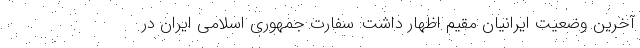
آخرین وضعیت ایرانیان مقیم اظهار داشت: سفارت جمهوری اسلامی ایران در